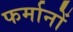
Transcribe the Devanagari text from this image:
फर्मानों